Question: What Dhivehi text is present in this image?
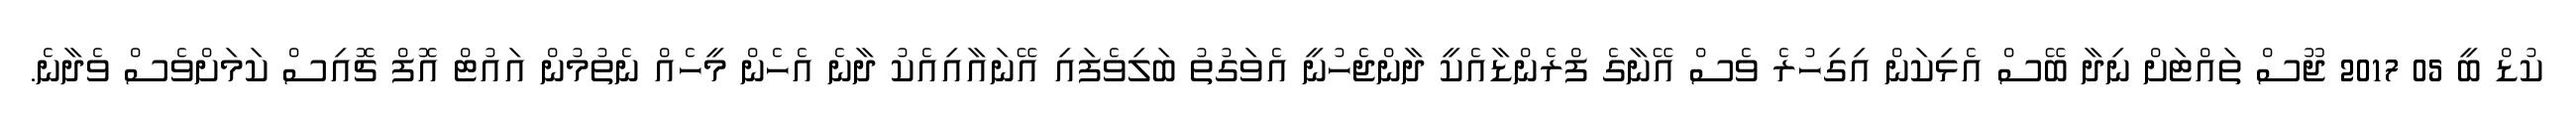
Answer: ކުޑް ބީ 05 2017 ޖޫސް ތައްޓަށް ނިދާ ބޭސް އެޅިކަން އިގިހުރެ ވެސް އޭނާގެ ފްރެންޑާއެކީ ދާންޖެހުނީ އެވަގުތު ބަލިވެފައި އޭނައާއިއެކު ދާނެ އެހެން މީހެއް ނެތުމުން އައުޓް އޮފް ޗޮއިސް ކަމަށްވެސް ވެދާނެ.